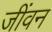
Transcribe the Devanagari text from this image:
जींवन